Report of the Indian Hemp Drugs Commission, 1894-1895 - Volume VI
Year: 1894
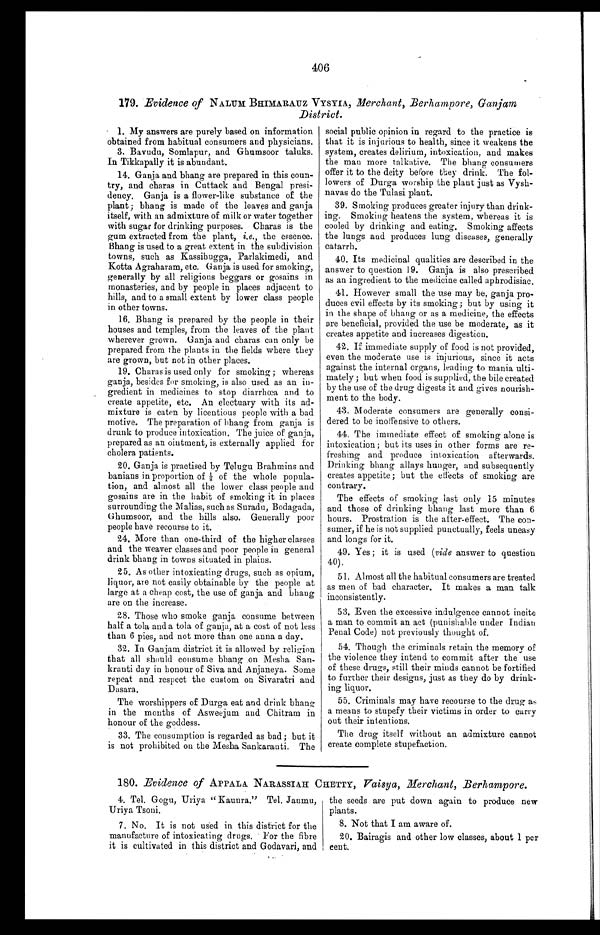
406
179. Evidence of NALUM BHIMARAUZ VYSYIA, Merchant, Berhampore, Ganjam
District.
1. My answers are purely based on information
obtained from habitual consumers and physicians.
3. Bavudu, Somlapur, and Ghumsoor taluks.
In Tikkapally it is abundant.
14. Ganja and bhang are prepared in this coun
-try, and charas in Cuttack and Bengal presi
- d e n c y . G a n j a i s a f l o w e r - l i k e s u b s t a n c e o f t h e
plant; bhang is made of the leaves and ganja
itself, with an admixture of milk or water together
with sugar for drinking purposes. Charas is the
gum extracted from the plant, i.e., the essence.
Bhang is used to a great extent in the subdivision
towns, such as Kassibugga, Parlakimedi, and
Kotta Agraharam, etc. Ganja is used for smoking,
generally by all religious beggars or gosains in
monasteries, and by people in places adjacent to
hills, and to a small extent by lower class people
in other towns.
16. Bhang is prepared by the people in their
houses and temples, from the leaves of the plant
wherever grown. Ganja and charas can only be
prepared from the plants in the fields where they
are grown, but not in other places.
19. Charas is used only for smoking ; whereas
ganja, besides for smoking, is also used as an in
- g r e d i e n t i n m e d i c i n e s t o s t o p d i a r r h œ a a n d t o
create appetite, etc. An electuary with its ad
- m i x t u r e i s e a t e n b y l i c e n t i o u s p e o p l e w i t h a b a d
motive. The preparation of bhang from ganja is
drunk to produce intoxication. The juice of ganja,
prepared as an ointment, is externally applied for
cholera patients.
20. Ganja is practised by Telugu Brahmins and
banians in proportion of ⅛ of the whole popula
- t i o n , a n d a l m o s t a l l t h e l o w e r c l a s s p e o p l e a n d
gosains are in the habit of smoking it in places
surrounding the Malias, such as Suradu, Bodagada,
Ghumsoor, and the hills also. Generally poor
people have recourse to it.
24. More than one-third of the higher classes
and the weaver classes and poor people in general
drink bhang in towns situated in plains.
25. As other intoxicating drugs, such as opium,
liquor, are not easily obtainable by the people at
large at a cheap cost, the use of ganja and bhang
are on the increase.
28. Those who smoke ganja consume between
half a tola and a tola of ganja, at a cost of not less
than 6 pies, and not more than one anna a day.
32. In Ganjam district it is allowed by reli gion
that all should consume bhang on Mesha San
- k r a n t i d a y i n h o n o u r o f S i v a a n d A n j a n e y a . S o m e
repeat and respect the custom on Sivaratri and
Dasara.
The worshippers of Durga eat and drink bhang
in the months of Asweejum and Chitram in
honour of the goddess.
33. The consumption is regarded as bad; but it
is not prohibited on the Mesha Sankaranti. The
social public opinion in regard to the practice is
that it is injurious to health, since it weakens the
system, creates delirium, intoxication, and makes
the man more talkative. The bhang consumers
offer it to the deity before they drink. The fol
-lowers of Durga worship the plant just as Vysh
- n a v a s d o t h e T u l a s i p l a n t .
39. Smoking produces greater injury than drink
- i n g . S m o k i n g h e a t e n s t h e s y s t e m , w h e r e a s i t i s
cooled by drinking and eating. Smoking affects
the lungs and produces lung diseases, generally
catarrh.
40. Its medicinal qualities are described in the
answer to question 19. Ganja is also prescribed
as an ingredient to the medicine called aphrodisiac.
41. However small the use may be, ganja pro
- d u c e s e v i l e f f e c t s b y i t s s m o k i n g ; b u t b y u s i n g i t
in the shape of bhang or as a medicine, the effects
are beneficial, provided the use be moderate, as it
creates appetite and increases digestion.
42.
If immediate supply of food is not provided,
even the moderate use is injurious, since it acts
against the internal organs, leading to mania ulti
- m a t e l y ; b u t w h e n f o o d i s s u p p l i e d , t h e b i l e c r e a t e d
by the use of the drug digests it and gives nourish
- m e n t t o t h e b o d y .
43. Moderate consumers are generally consi
-dered to be inoffensive to others.
44. The immediate effect of smoking alone is
intoxication ; but its uses in other forms are re
- f r e s h i n g a n d p r o d u c e i n t o x i c a t i o n a f t e r w a r d s .
Drinking bhang allays hunger, and subsequently
creates appetite; but the effects of smoking are
contrary.
The effects of smoking last only 15 minutes
and those of drinking bhang last more than 6
hours. Prostration is the after-effect. The con
- s u m e r , i f h e i s n o t s u p p l i e d p u n c t u a l l y , f e e l s u n e a s y
and longs for it.
49. Yes ; it is used (vide answer to question
40).
51. Almost all the habitual consumers are treated
as men of bad character. It makes a man talk
inconsistently.
53. Even the excessive indulgence cannot incite
a man to commit an act (punishable under Indian
Penal Code) not previously thought of.
54. Though the criminals retain the memory of
the violence they intend to commit after the use
of these drugs, still their minds cannot be fortified
to further their designs, just as they do by drink
- i n g l i q u o r .
55. Criminals may have recourse to the drug as
a means to stupefy their victims in order to carry
out their intentions.
The drug itself without an admixture cannot
create complete stupefaction.
180. Evidence of APPALA NARASSIAH CHETTY, Vaisya, Merchant, Berhampore.
4. Tel. Gogu, Uriya "Kaunra." Tel. Janmu,
Uriya Tsoni.
7. No. It is not used in this district for the
manufacture of intoxicating drugs. For the fibre
it is cultivated in this district and Godavari, and
the seeds are put down again to produce new
plants.
8. Not that I am aware of.
20. Bairagis and other low classes, about 1 per
cent.